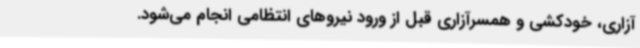
آزاری، خودکشی و همسرآزاری قبل از ورود نیروهای انتظامی انجام می‌شود.